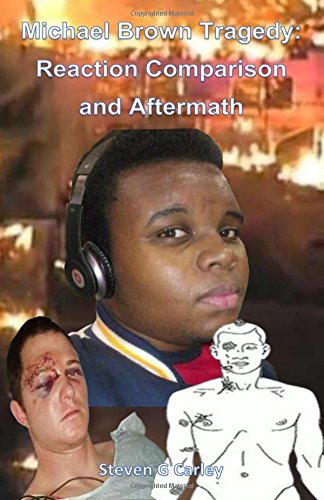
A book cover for Michael Brown Tragedy: Reaction Comparison and Aftermath; Mr. Steven G Carley; Law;